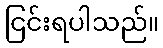
ငြင်းရပါသည်။